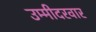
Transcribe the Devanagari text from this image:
उम्मीदरवार